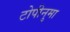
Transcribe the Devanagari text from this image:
टोपीनुमा